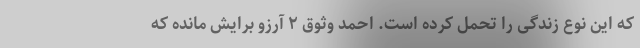
که این نوع زندگی را تحمل کرده است. احمد وثوق ۲ آرزو برایش مانده که